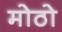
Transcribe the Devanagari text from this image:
मोठो